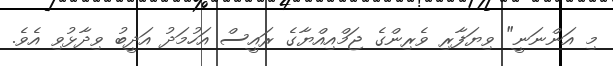
މި އަންނަނީ" ވިޔަފާރި ވެރިންގެ ޖަމްއިއްޔާގެ ރައީސް އަހުމަދު އަދީބު ވިދާޅުވި އެވެ.